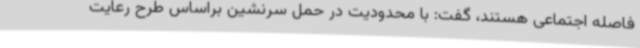
فاصله اجتماعی هستند، گفت: با محدودیت در حمل سرنشین براساس طرح رعایت